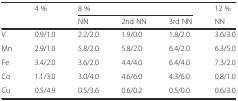
<table><thead><tr><td rowspan="2"></td><td rowspan="2"><b>4 %</b></td><td colspan="3"><b>8 %</b></td><td><b>12 %</b></td></tr><tr><td><b>NN</b></td><td><b>2nd NN</b></td><td><b>3rd NN</b></td><td><b>NN</b></td></tr></thead><tbody><tr><td>V</td><td>0.9/1.0</td><td>2.2/2.0</td><td>1.9/0.0</td><td>1.8/2.0</td><td>3.6/3.0</td></tr><tr><td>Mn</td><td>2.9/1.0</td><td>5.8/2.0</td><td>5.8/2.0</td><td>6.4/2.0</td><td>6.3/5.0</td></tr><tr><td>Fe</td><td>3.4/2.0</td><td>3.6/2.0</td><td>4.4/4.0</td><td>6.4/4.0</td><td>7.3/2.0</td></tr><tr><td>Co</td><td>1.1/3.0</td><td>3.0/4.0</td><td>4.6/6.0</td><td>4.3/6.0</td><td>0.8/1.0</td></tr><tr><td>Cu</td><td>0.5/4.9</td><td>0.5/3.6</td><td>0.6/0.2</td><td>0.5/0.0</td><td>0.6/3.0</td></tr></tbody></table>